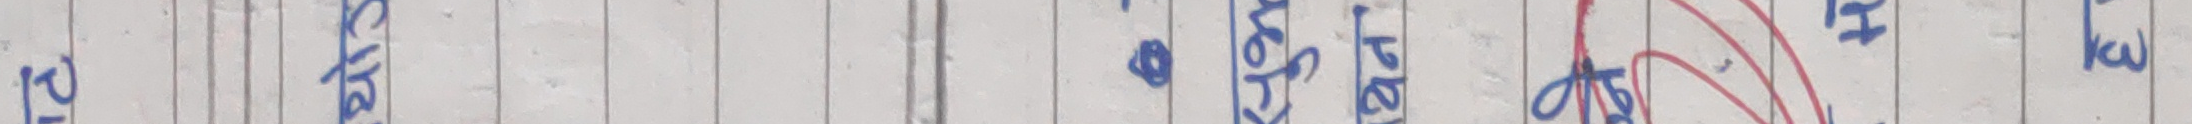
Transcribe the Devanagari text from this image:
२०४ के बज हको वर २५ निकी कु